Annual report of the Punjab Veterinary College and of the Civil Veterinary Department, Punjab - 1920-1925
Year: 1920
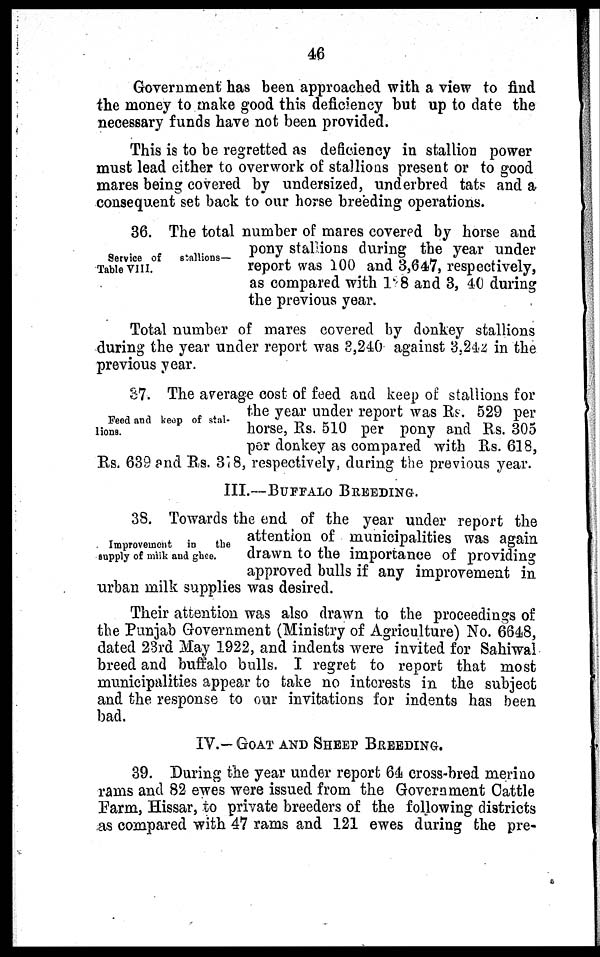
46
Government has been approached with a view to find
the money to make good this deficiency but up to date the
necessary funds have not been provided.
This is to be regretted as deficiency in stallion power
must lead either to overwork of stallions present or to good
mares being covered by undersized, underbred tats and a
consequent set back to our horse breeding operations.
Service of
stallions—
Table VIII.
36. The total number of mares covered by horse and
pony stallions during the year under
report was 100 and 3,647, respectively,
as compared with 128 and 3, 40 during
the previous year.
Total number of mares covered by donkey stallions
during the year under report was 3,240 against 3,242 in the
previous year.
Feed and keep of stal-
lions.
87. The average cost of feed and keep of stallions for
the year under report was Rs. 529 per
horse, Rs. 510 per pony and Rs. 305
per donkey as compared with Rs. 618,
Rs. 639 and Rs. 318, respectively, during the previous year.
III.—BUFFALO BREEDING.
Improvement
in
the
supply of milk and ghee.
38. Towards the end of the year under report the
attention of municipalities was again
drawn to the importance of providing
approved bulls if any improvement in
urban milk supplies was desired.
Their attention was also drawn to the proceedings of
the Punjab Government (Ministry of Agriculture) No. 6648,
dated 23rd May 1922, and indents were invited for Sahiwal
breed and buffalo bulls. I regret to report that most
municipalities appear to take no interests in the subject
and the response to our invitations for indents has been
bad.
IV.— GOAT AND SHEEP BREEDING.
39. During the year under report 64 cross-bred merino
rams and 82 ewes were issued from the Government Cattle
Farm, Hissar, to private breeders of the following districts
as compared with 47 rams and 121 ewes during the pre-